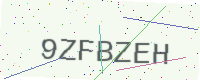
Text: 9ZFBZEH